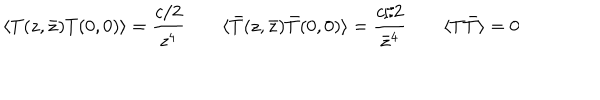
LaTeX: \langle T ( z , \bar { z } ) T ( 0 , 0 ) \rangle = \frac { c / 2 } { z ^ { 4 } } \qquad \langle \bar { T } ( z , \bar { z } ) \bar { T } ( 0 , 0 ) \rangle = \frac { c / 2 } { \bar { z } ^ { 4 } } \qquad \langle T \bar { T } \rangle = 0